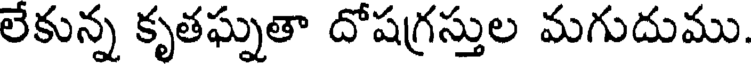
లేకున్న కృతఘ్నతా దోషగ్రస్తుల మగుదుము.